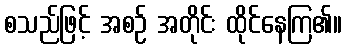
စသည်ဖြင့် အစဉ် အတိုင်း ထိုင်နေကြ၏။